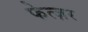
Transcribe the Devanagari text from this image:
फेत्ज़र